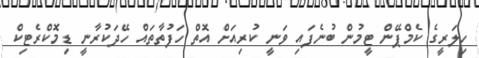
ހިލަރީގެ ކެމްޕޭން ޓީމުން ބުނެފައި ވަނީ ކުރިއަށް އޮތް ހަފުތާތައް ހޭދަކުރާނީ ޑިމޮކްރެޓިކް